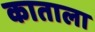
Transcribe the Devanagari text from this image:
काताला